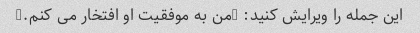
این جمله را ویرایش کنید: "من به موفقیت او افتخار می کنم."